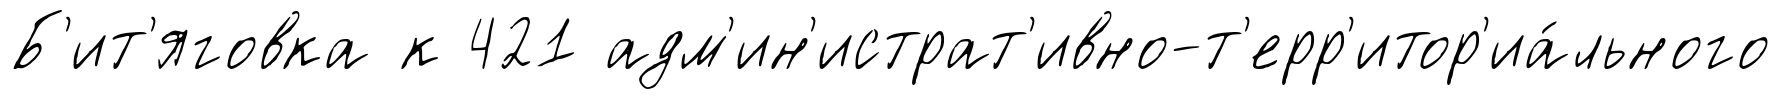
Б'ит'яговка к 421 адм'ин'истрат'ивно-т'ерр'итор'иа́льного